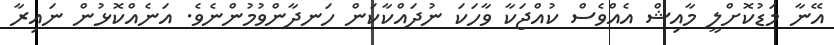
އޭނާ މަޑުކޮށްލީ މާއިޝް އެއްވެސް ކުއްޖަކާ ވާހަކަ ނުދައްކާކަން ހަނދާންވުމުންނެވެ. އަނެއްކޮޅުން ނައިރާ